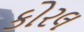
કોરલ